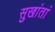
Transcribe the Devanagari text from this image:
सुखांतां